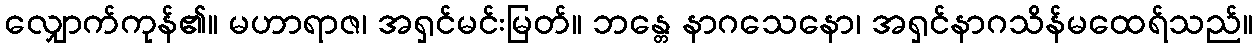
လျှောက်ကုန်၏။ မဟာရာဇ၊ အရှင်မင်းမြတ်။ ဘန္တေ နာဂသေနော၊ အရှင်နာဂသိန်မထေရ်သည်။